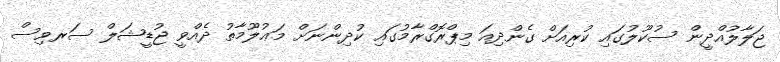
ޖަލާލުއްދީން ސުކޫލުގައި ކުރިއަށް ގެންދިއަ މިޕްރޮގްރާމުގައި ކުދިންނަށް މަޢުލޫމާތު ދެއްވީ ޖުޑީޝަލް ސަރވިސް